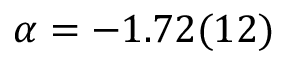
\alpha = - 1 . 7 2 ( 1 2 )